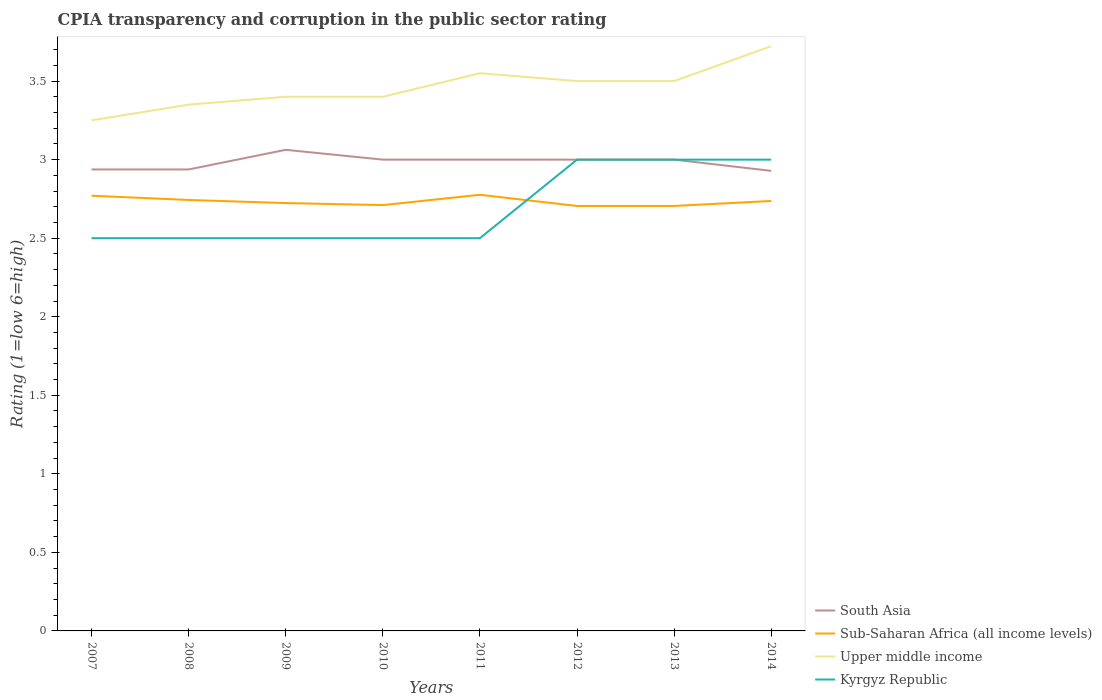
| Years | South Asia | Sub-Saharan Africa (all income levels) | Upper middle income | Kyrgyz Republic |
 | --- | --- | --- | --- | --- |
 | 2007 | 2.94 | 2.77 | 3.25 | 2.5 |
 | 2008 | 2.94 | 2.74 | 3.35 | 2.5 |
 | 2009 | 3.06 | 2.72 | 3.4 | 2.5 |
 | 2010 | 3 | 2.71 | 3.4 | 2.5 |
 | 2011 | 3 | 2.78 | 3.55 | 2.5 |
 | 2012 | 3 | 2.71 | 3.5 | 3 |
 | 2013 | 3 | 2.71 | 3.5 | 3 |
 | 2014 | 2.93 | 2.74 | 3.72 | 3 |